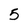
Character: 5